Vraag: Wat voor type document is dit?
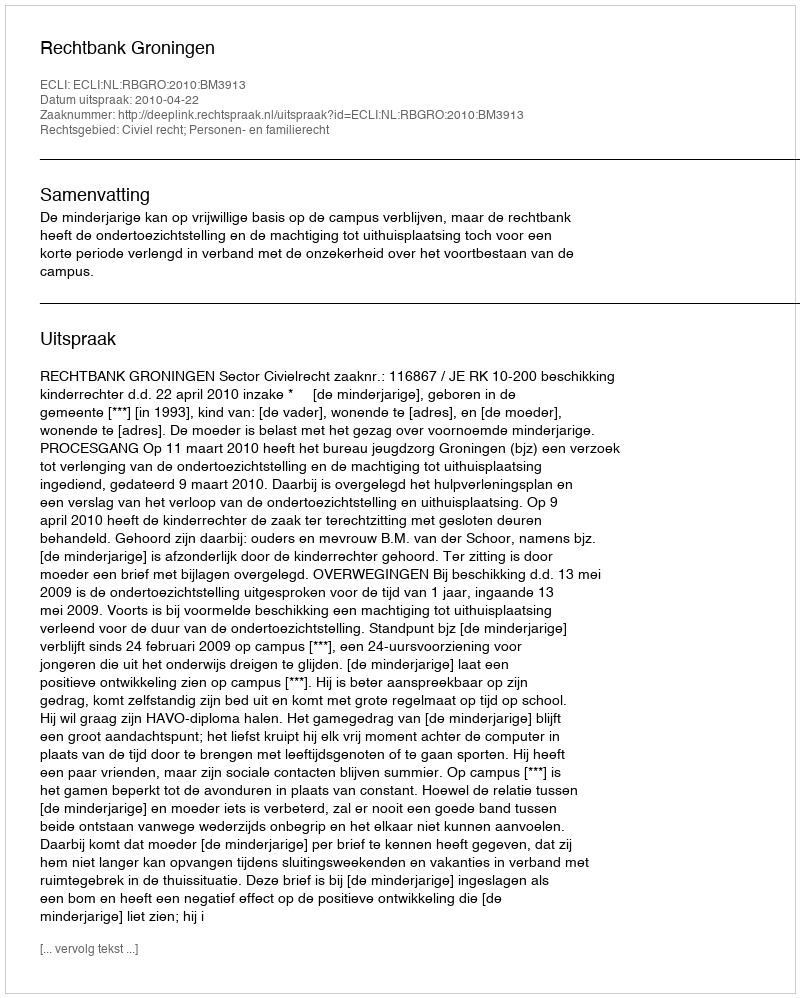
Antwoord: Uitspraak